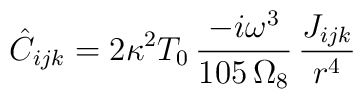
\hat{C}_{ijk} = 2\kappa^2 T_0\,    \frac{-i\omega^3}{105\, \Omega_8}\,\frac{J_{ijk}}{r^4}